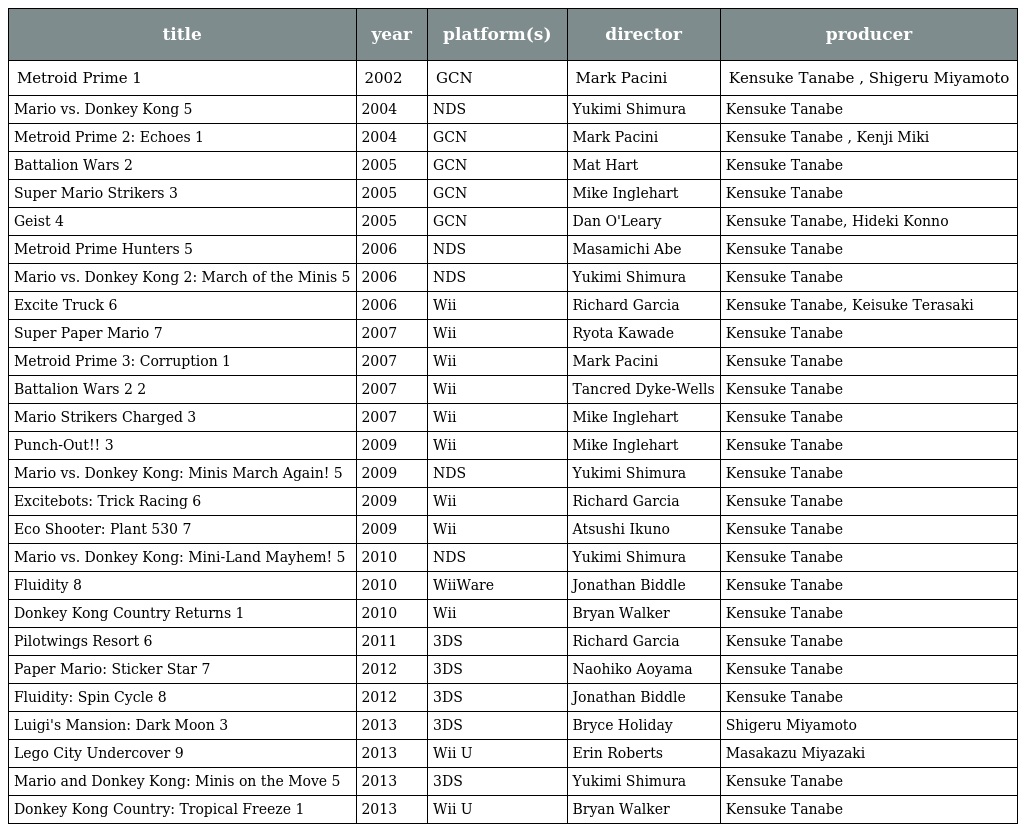
| title | year | platform(s) | director | producer |
 | --- | --- | --- | --- | --- |
 | Metroid Prime 1 | 2002 | GCN | Mark Pacini | Kensuke Tanabe , Shigeru Miyamoto |
 | Mario vs. Donkey Kong 5 | 2004 | NDS | Yukimi Shimura | Kensuke Tanabe |
 | Metroid Prime 2: Echoes 1 | 2004 | GCN | Mark Pacini | Kensuke Tanabe , Kenji Miki |
 | Battalion Wars 2 | 2005 | GCN | Mat Hart | Kensuke Tanabe |
 | Super Mario Strikers 3 | 2005 | GCN | Mike Inglehart | Kensuke Tanabe |
 | Geist 4 | 2005 | GCN | Dan O'Leary | Kensuke Tanabe, Hideki Konno |
 | Metroid Prime Hunters 5 | 2006 | NDS | Masamichi Abe | Kensuke Tanabe |
 | Mario vs. Donkey Kong 2: March of the Minis 5 | 2006 | NDS | Yukimi Shimura | Kensuke Tanabe |
 | Excite Truck 6 | 2006 | Wii | Richard Garcia | Kensuke Tanabe, Keisuke Terasaki |
 | Super Paper Mario 7 | 2007 | Wii | Ryota Kawade | Kensuke Tanabe |
 | Metroid Prime 3: Corruption 1 | 2007 | Wii | Mark Pacini | Kensuke Tanabe |
 | Battalion Wars 2 2 | 2007 | Wii | Tancred Dyke-Wells | Kensuke Tanabe |
 | Mario Strikers Charged 3 | 2007 | Wii | Mike Inglehart | Kensuke Tanabe |
 | Punch-Out!! 3 | 2009 | Wii | Mike Inglehart | Kensuke Tanabe |
 | Mario vs. Donkey Kong: Minis March Again! 5 | 2009 | NDS | Yukimi Shimura | Kensuke Tanabe |
 | Excitebots: Trick Racing 6 | 2009 | Wii | Richard Garcia | Kensuke Tanabe |
 | Eco Shooter: Plant 530 7 | 2009 | Wii | Atsushi Ikuno | Kensuke Tanabe |
 | Mario vs. Donkey Kong: Mini-Land Mayhem! 5 | 2010 | NDS | Yukimi Shimura | Kensuke Tanabe |
 | Fluidity 8 | 2010 | WiiWare | Jonathan Biddle | Kensuke Tanabe |
 | Donkey Kong Country Returns 1 | 2010 | Wii | Bryan Walker | Kensuke Tanabe |
 | Pilotwings Resort 6 | 2011 | 3DS | Richard Garcia | Kensuke Tanabe |
 | Paper Mario: Sticker Star 7 | 2012 | 3DS | Naohiko Aoyama | Kensuke Tanabe |
 | Fluidity: Spin Cycle 8 | 2012 | 3DS | Jonathan Biddle | Kensuke Tanabe |
 | Luigi's Mansion: Dark Moon 3 | 2013 | 3DS | Bryce Holiday | Shigeru Miyamoto |
 | Lego City Undercover 9 | 2013 | Wii U | Erin Roberts | Masakazu Miyazaki |
 | Mario and Donkey Kong: Minis on the Move 5 | 2013 | 3DS | Yukimi Shimura | Kensuke Tanabe |
 | Donkey Kong Country: Tropical Freeze 1 | 2013 | Wii U | Bryan Walker | Kensuke Tanabe |